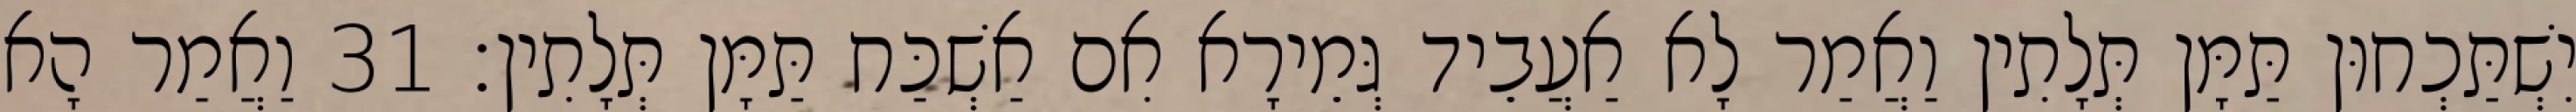
יִשְׁתַּכְחוּן תַּמָּן תְּלָתִין וַאֲמַר לָא אַעֲבֵיד גְּמֵירָא אִם אַשְׁכַּח תַּמָּן תְּלָתִין׃ 31 וַאֲמַר הָא